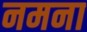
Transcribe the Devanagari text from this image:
नमना